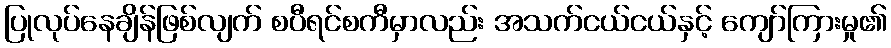
ပြုလုပ်နေချိန်ဖြစ်လျက် စပီရင်စကီမှာလည်း အသက်ငယ်ငယ်နှင့် ကျော်ကြားမှု၏